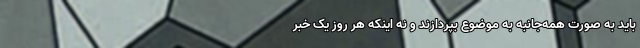
باید به صورت همه‌جانبه به موضوع بپردازند و نه اینکه هر روز یک خبر